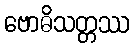
ဗောဓိသတ္တဿ